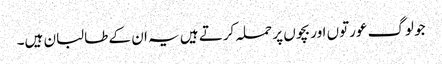
جو لوگ عورتوں اور بچوں پر حملہ کرتے ہیں یہ ان کے طالبان ہیں۔